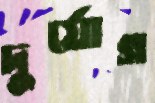
দুর্যোগ